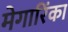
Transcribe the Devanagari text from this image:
मेगारिंका